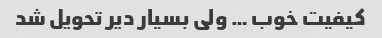
کیفیت خوب … ولی بسیار دیر تحویل شد